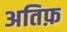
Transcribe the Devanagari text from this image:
अतिफ़